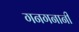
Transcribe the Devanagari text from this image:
गनगनानी